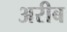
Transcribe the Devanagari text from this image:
अरीब